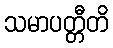
သမာပတ္တီတိ